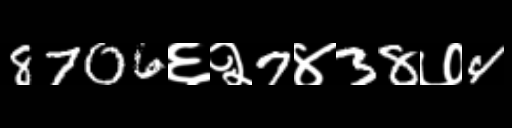
Text: 8706६२7४38७4